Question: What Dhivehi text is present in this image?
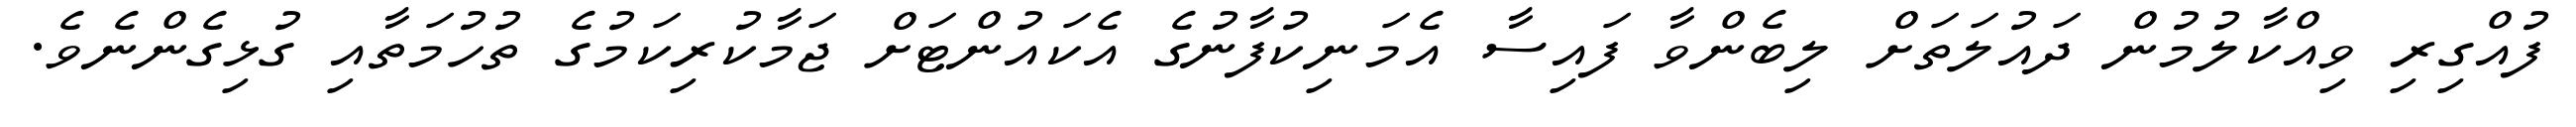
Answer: ފުއްގިރި ވިއްކާލުމުން ދައުލަތަށް ލިބެންވާ ފައިސާ އެމަނިކުފާނުގެ އެކައުންޓަށް ޖަމާކުރިކަމުގެ ތުހުމަތާއި ގުޅިގެންނެވެ.